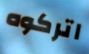
اتركوه